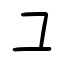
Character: ユ